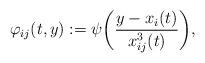
LaTeX: \begin{align*}\varphi_{ij}(t,y):=\psi\bigg(\frac{y-x_i(t)}{x_{ij}^3(t)}\bigg),\end{align*}